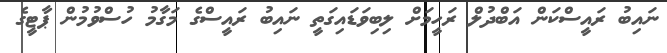
ނައިބު ރައީސްކަން އަބްދުލް ރަހީމަށް ލިބިވަޑައިގަތީ ނައިބު ރައީސްގެ މަގާމު ހުސްވުމުން ޕާޓީގެ